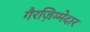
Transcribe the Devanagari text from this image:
गैरज़िम्मेदार